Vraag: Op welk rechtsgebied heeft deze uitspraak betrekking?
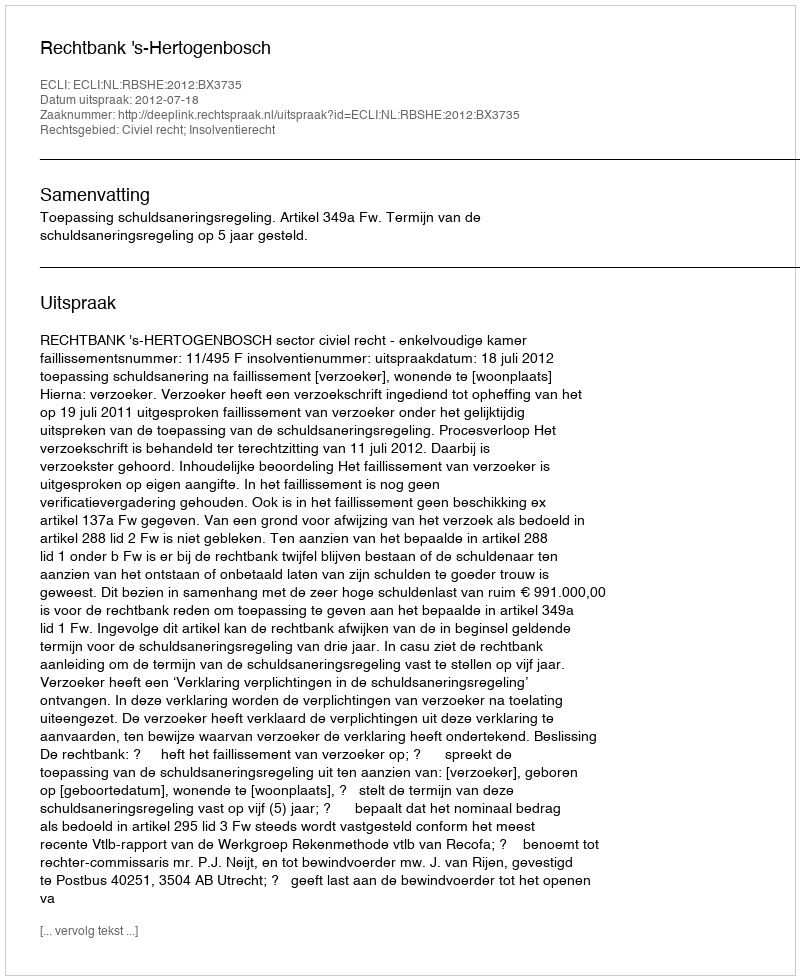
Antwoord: Civiel recht; Insolventierecht